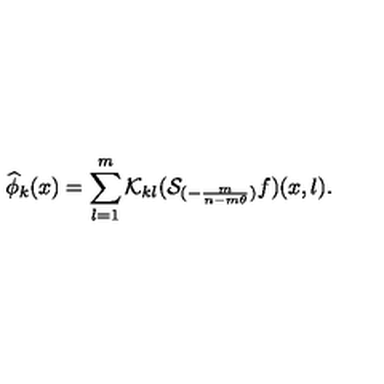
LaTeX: \widehat { \phi } _ { k } ( x ) = \sum _ { l = 1 } ^ { m } { \cal K } _ { k l } ( { \cal S } _ { ( - \frac { m } { n - m \theta } ) } f ) ( x , l ) .